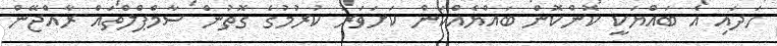
ހަދައި އެ ބައްޔަކީ ކޮންކޮން ބައްޔެއްކަން ކަށަވަރު ކުރުމުގެ ގޮތުން ސާމްޕްލްތައް ރާއްޖޭން